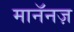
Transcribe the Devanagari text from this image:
मानॅनज़